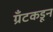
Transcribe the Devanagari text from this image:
ग्रँटकडून